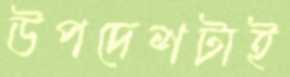
উপদেশটাই